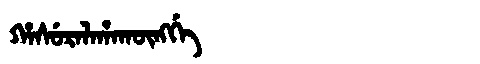
Manchu: ᡥᠠᠰᡠᡵᠠᠯᠠᡥᠠᡴᡡᠩᡤᡝ
Romanization: HASURALAHAKŪNGGE